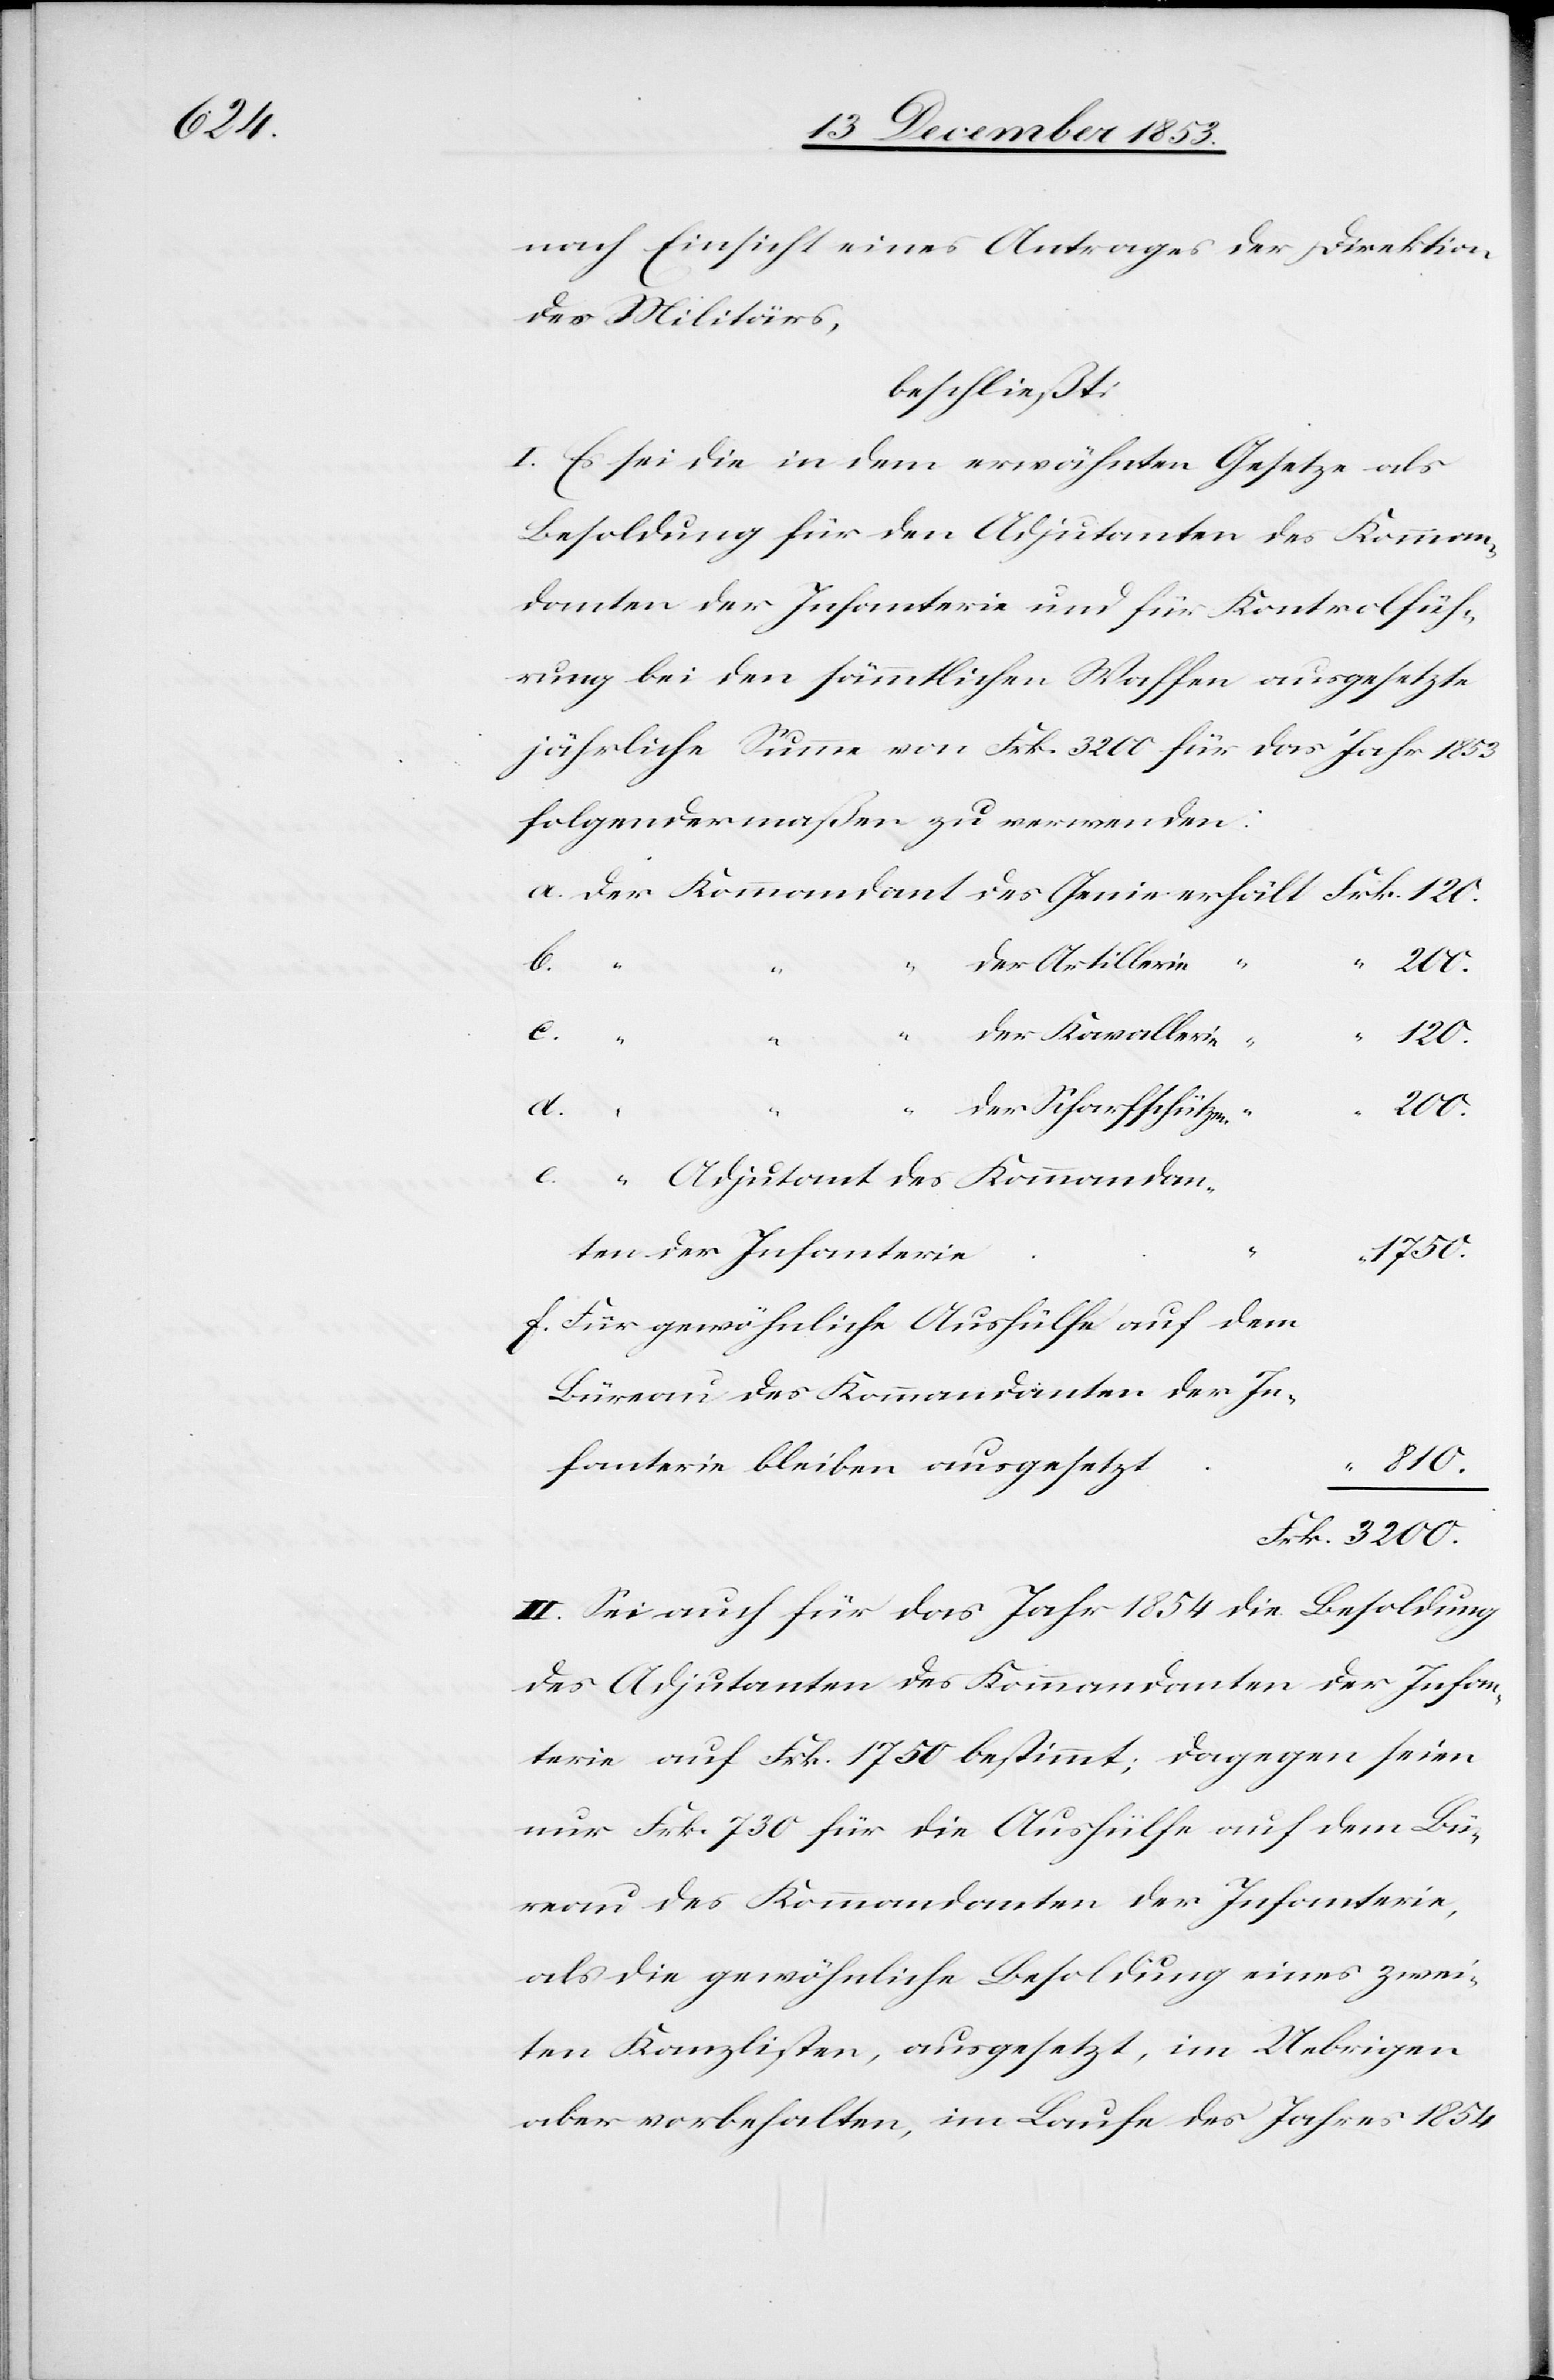
nach Einsicht eines Antrages der Direktion
des Militärs,
beschließt:
I. Es sei die in dem erwähnten Gesetze als
Besoldung für den Adjutanten des Komman¬
danten der Infanterie und für Kontrollfüh¬
rung bei den sämmtlichen Waffen ausgesetzte
jährliche Summe von Frk. 3200 für das Jahr 1853
folgendermaßen zu verwenden:
a. Der Kommandant des Genie 	erhält Frk. 120.
b.
der Artillerie
200.
c.
1750.
200.
810.
bleiben
der Scharfschützen
der
f. Für gewöhnliche Aushülfe auf dem
Büreau des Kommandanten der In¬
Frk. 3200.
II. Sei auch für das Jahr 1854 die Besoldung
des Adjutanten des Kommandanten der Infan¬
terie auf Frk. 1750 bestimmt, dagegen seien
nur Frk. 730 für die Aushülfe auf dem Bü¬
reau des Kommandanten der Infanterie,
als die gewöhnliche Besoldung eines zwei¬
ten Kanzlisten, ausgesetzt, im Uebrigen
aber vorbehalten, im Laufe des Jahres 1854